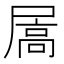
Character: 𪨓